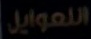
للعوایل